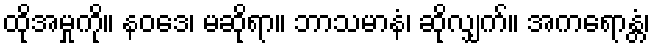
ထိုအမှုကို။ နဝဒေ၊ မဆိုရာ။ ဘာသမာနံ၊ ဆိုလျှက်။ အကရောန္တံ၊